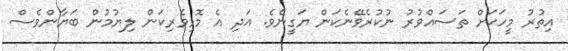
އިތުރު މީހަކަށް ތަސައްވުރު ނުކުރެވޭނެކަން ޔަގީނެވެ. އަދި އެ މޮޅިވެރިކަން ލިޔުމުން ބަޔާންވެސް